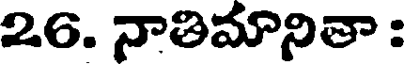
26. నాతిమానితా :